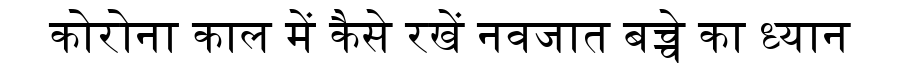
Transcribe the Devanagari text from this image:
कोरोना काल में कैसे रखें नवजात बच्चे का ध्यान